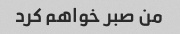
من صبر خواهم کرد